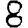
Digit: 8